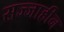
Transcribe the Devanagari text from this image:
सज्जाहीन